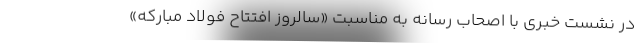
در نشست خبری با اصحاب رسانه به مناسبت «سالروز افتتاح فولاد مبارکه»